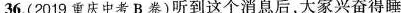
36.(2019重庆中考B卷)听到这个消息后，大家兴奋得睡